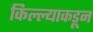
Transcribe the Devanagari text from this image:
किल्ल्याकडून